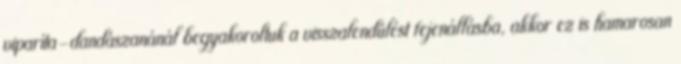
viparíta-dandászanánál begyakoroltuk a visszalendülést fejenállásba, akkor ez is hamarosan